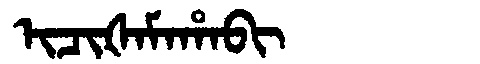
Manchu: ᡳᠴᡳᡧᠠᠮᠠᡥᠠᠪᡳ
Romanization: ICIŠAMAHABI